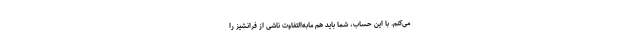
می‌کنم. با این حساب، شما باید هم مابه‌التفاوت ناشی از فرانشیز را